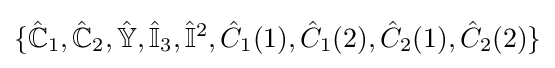
\{{\hat {\mathbb {C} }}_{1},{\hat {\mathbb {C} }}_{2},{\hat {\mathbb {Y} }},{\hat {\mathbb {I} }}_{3},{\hat {\mathbb {I} }}^{2},{\hat {C}}_{1}(1),{\hat {C}}_{1}(2),{\hat {C}}_{2}(1),{\hat {C}}_{2}(2)\}